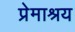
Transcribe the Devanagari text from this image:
प्रेमाश्रय